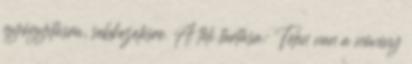
gyógyításra, sebkezelésre. A téli tartása: Télen van a növény